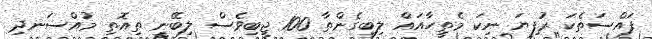
ފައްސަތެކަ ރުފިޔަ ނިކަ މެތިީހާއައް ލިބިގެންތާ 100 ޖީބިވެސް ލިބޭނީ ތިއޮތި މުއްސަނދި